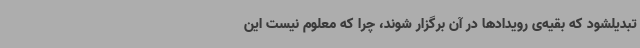
تبدیلشود که بقیه‌ی رویدادها در آن برگزار شوند، چرا که معلوم نیست این